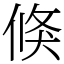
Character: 倏